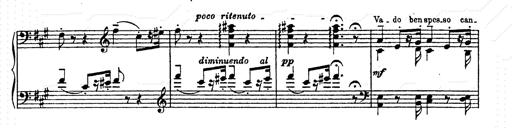
Title: AnnÃ©es de pÃ¨lerinage II
Composer: Franz Liszt